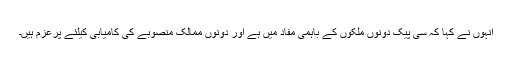
انہوں نے کہا کہ سی پیک دونوں ملکوں کے باہمی مفاد میں ہے اور دونوں ممالک منصوبے کی کامیابی کیلئے پرعزم ہیں۔